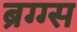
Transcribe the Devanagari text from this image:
ब्रग्ग्स